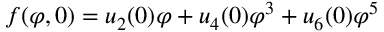
f ( \varphi , 0 ) = u _ { 2 } ( 0 ) \varphi + u _ { 4 } ( 0 ) \varphi ^ { 3 } + u _ { 6 } ( 0 ) \varphi ^ { 5 }